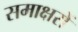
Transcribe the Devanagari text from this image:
समाक्षरों